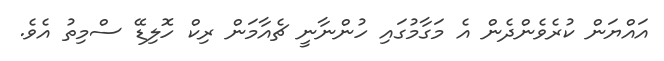
އައްޔަން ކުރެވެންދެން އެ މަގާމުގައި ހުންނާނީ ޗެއާމަން ރިކް ހޮލިޑޭ ސްމިތު އެވެ.